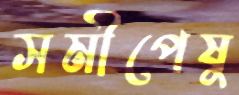
সমীপেষু